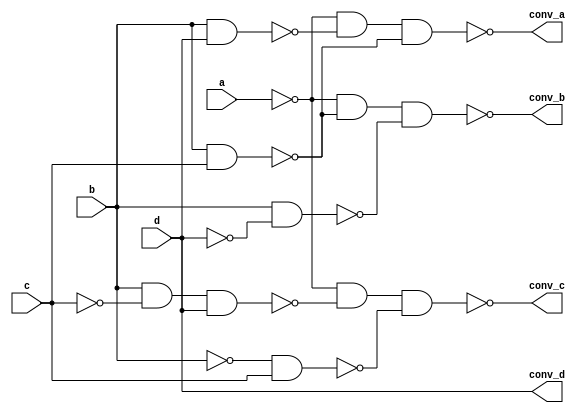
`timescale 1ns / 1ps

module converter(
    input a, b, c, d,
    output conv_a, conv_b, conv_c, conv_d
    );
    assign conv_a = ~((~a)&(~(b&d))&(~(b&c)));
    assign conv_b = ~((~a)&(~(b&c))&(~(b&(~d))));
    assign conv_c = ~((~a)&(~(b&(~c)&d))&(~((~b)&c)));
    assign conv_d = d;
endmodule